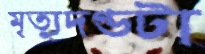
মৃত্যুদণ্ডটা